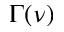
\Gamma ( \nu )